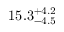
1 5 . 3 _ { - 4 . 5 } ^ { + 4 . 2 }